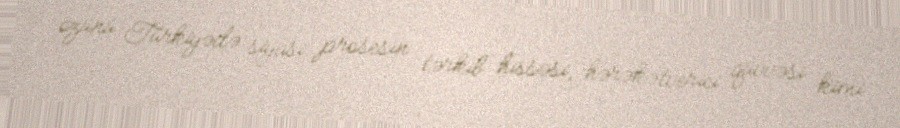
özünü Türkiyədə siyasi prosesin tərkib hissəsi, hərəkətverici qüvvəsi kimi